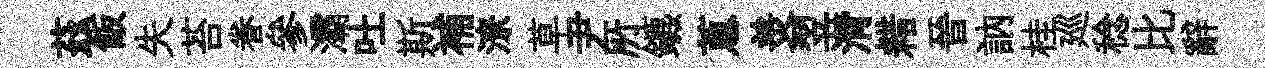
茲飯失苔眷參灞吐斯補潦草尹𠩄鑣蔥羙翌潸耤晉訥桂廵稔比辭